Civil Veterinary Dept. North-West Frontier Province 1923-32 - 1923-1932
Year: 1923
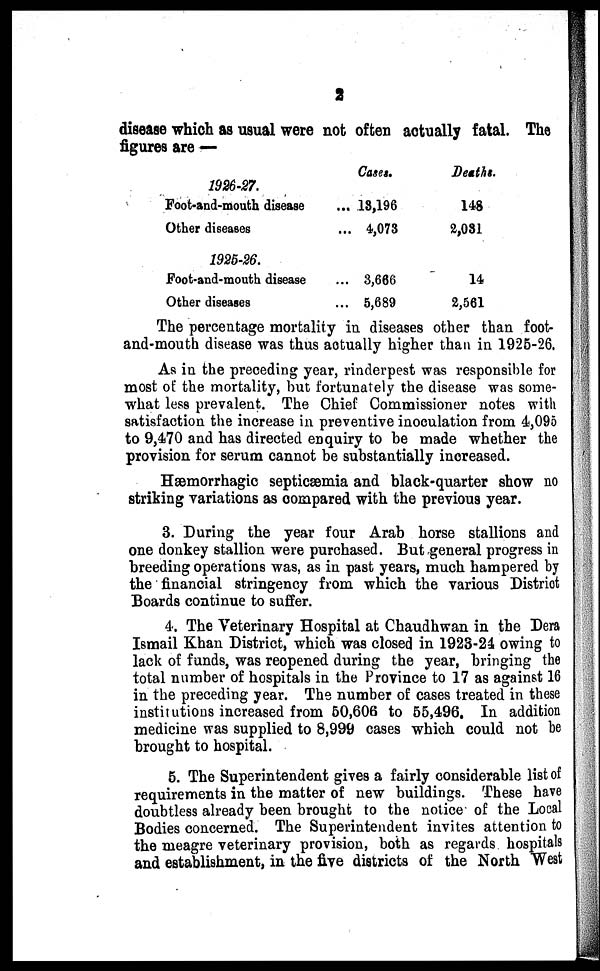
2
disease which as usual were not often actually fatal. The
figures are —
1926-27.
Foot-and-mouth disease
Other diseases
1925-26.
Foot-and-mouth disease
Other diseases
Cases.
18,196
4,073
3,666
5,689
Deaths.
148
2,081
14
2,561
The percentage mortality in diseases other than foot-
and-mouth disease was thus actually higher than in 1925-26.
As in the preceding year, rinderpest was responsible for
most of the mortality, but fortunately the disease was some-
what less prevalent. The Chief Commissioner notes with
satisfaction the increase in preventive inoculation from 4,095
to 9,470 and has directed enquiry to be made whether the
provision for serum cannot be substantially increased.
Hæmorrhagic septicæmia and black-quarter show no
striking variations as compared with the previous year.
3. During the year four Arab horse stallions and
one donkey stallion were purchased. But general progress in
breeding operations was, as in past years, much hampered by
the financial stringency from which the various District
Boards continue to suffer.
4. The Veterinary Hospital at Chaudhwan in the Dera
Ismail Khan District, which was closed in 1923-24 owing to
lack of funds, was reopened during the year, bringing the
total number of hospitals in the Province to 17 as against 16
in the preceding year. The number of cases treated in these
institutions increased from 50,606 to 55,496. In addition
medicine was supplied to 8,999 cases which could not be
brought to hospital.
5. The Superintendent gives a fairly considerable list of
requirements in the matter of new buildings. These have
doubtless already been brought to the notice of the Local
Bodies concerned. The Superintendent invites attention to
the meagre veterinary provision, both as regards hospitals
and establishment, in the five districts of the North West